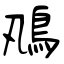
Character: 鳵